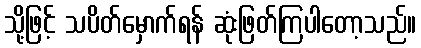
သို့ဖြင့် သပိတ်မှောက်ရန် ဆုံးဖြတ်ကြပါတော့သည်။